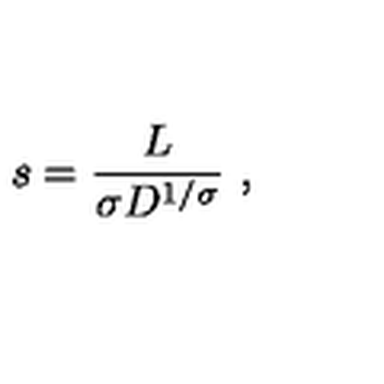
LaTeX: s = { \frac { L } { \sigma D ^ { 1 / \sigma } } } \ ,